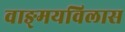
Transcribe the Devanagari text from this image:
वाङ्‌मयविलास